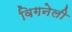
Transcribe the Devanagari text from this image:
विगनेली